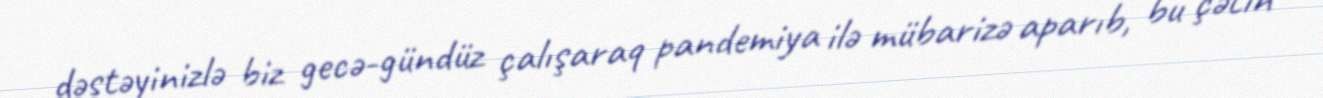
dəstəyinizlə biz gecə-gündüz çalışaraq pandemiya ilə mübarizə aparıb, bu çətin